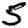
Digit: 5